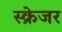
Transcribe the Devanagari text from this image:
स्क्रेजर